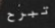
تبرح